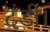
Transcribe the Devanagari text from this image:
दंडी।